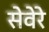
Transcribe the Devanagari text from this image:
सेवेरे